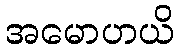
အမောဟယိ